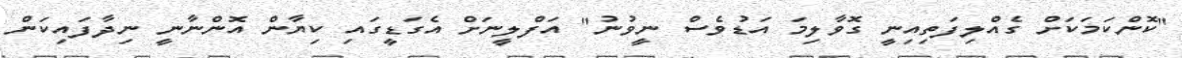
"ކޮންކަމަކަށް ގެއްލިފަތިއިނީ ގޮވާލިމަ އަޑުވެސް ނީވުނު" އަފްލީނަށް އެގަޑީގައި ކިޔާން އޮންނާނީ ނިދާފައިކަން